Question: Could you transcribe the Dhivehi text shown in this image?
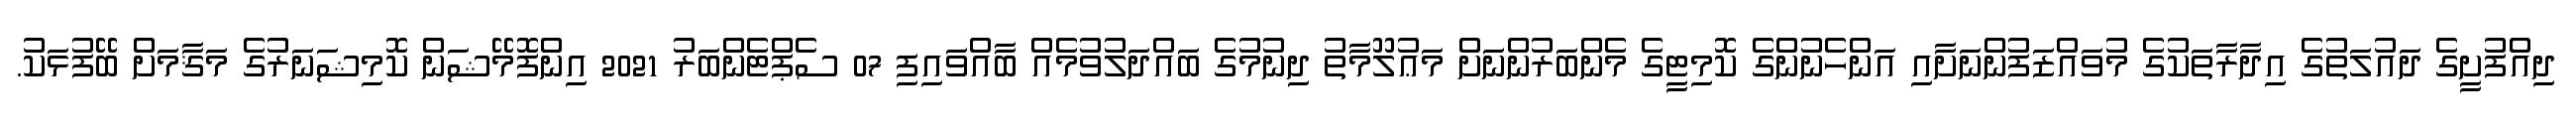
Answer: ދިއްފުށީގެ ދައުލަތުގެ އިދާރާތަކުގެ މުވައްޒަފުންނަށާއި އަންހެނުންގެ ކޮމިޓީގެ މެންބަރުންނަށް މަޢުލޫމާތު ދިނުމުގެ ބައްދަލުވުމެއް ބާއްވައިފި 07 ސެޕްޓެންބަރު 2021 އިންފޮމޭޝަން ކޮމިޝަނަރުގެ މަޤާމަށް ބޭފުޅަކު.